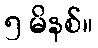
၅ မိနစ်။